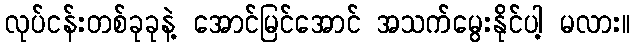
လုပ်ငန်းတစ်ခုခုနဲ့ အောင်မြင်အောင် အသက်မွေးနိုင်ပါ့ မလား။